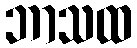
ဘာသထ